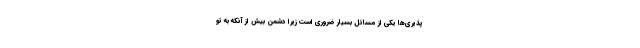
پذیری‌ها یکی از مسائل بسیار ضروری است زیرا دشمن بیش از آنکه به تو